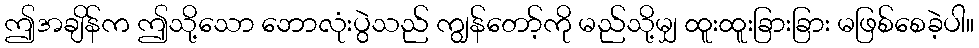
ဤအချိန်က ဤသို့သော ဘောလုံးပွဲသည် ကျွန်တော့်ကို မည်သို့မျှ ထူးထူးခြားခြား မဖြစ်စေခဲ့ပါ။